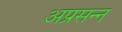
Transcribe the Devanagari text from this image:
अप्रसन्‍न